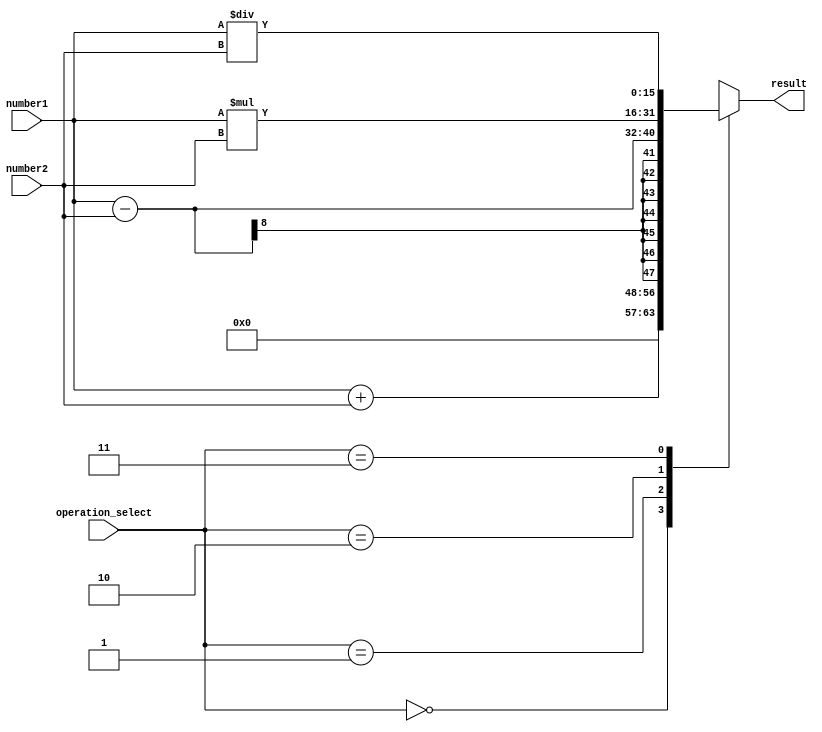
module FixedPointFloatingPointUnit (
    input [7:0] number1,
    input [7:0] number2,
    input [1:0] operation_select,
    output reg [15:0] result
);

always @(*) begin
    case(operation_select)
        2'b00: result = number1 + number2; // Addition
        2'b01: result = number1 - number2; // Subtraction
        2'b10: result = number1 * number2; // Multiplication
        2'b11: result = number1 / number2; // Division
    endcase
end

endmodule